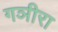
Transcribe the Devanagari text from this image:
गञीरा